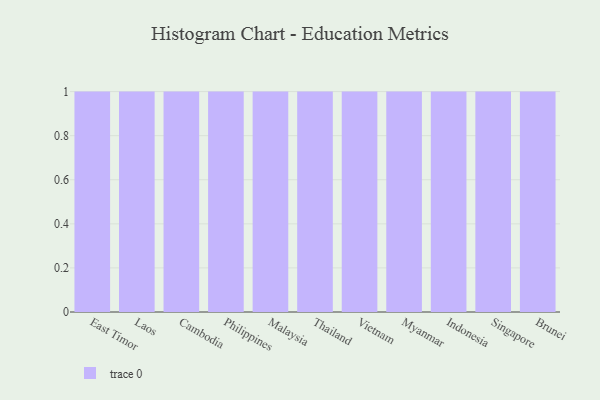
{"axis": {"x": "Country", "y": "Conversion Rate (%)"}, "legend": [""], "data": [{"x": "East Timor", "y": 58, "type": ""}, {"x": "Laos", "y": 37, "type": ""}, {"x": "Cambodia", "y": 36, "type": ""}, {"x": "Philippines", "y": 94, "type": ""}, {"x": "Malaysia", "y": 40, "type": ""}, {"x": "Thailand", "y": 73, "type": ""}, {"x": "Vietnam", "y": 84, "type": ""}, {"x": "Myanmar", "y": 25, "type": ""}, {"x": "Indonesia", "y": 36, "type": ""}, {"x": "Singapore", "y": 7, "type": ""}, {"x": "Brunei", "y": 38, "type": ""}]}